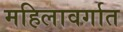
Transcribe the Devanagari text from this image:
महिलावर्गात